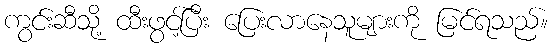
ကွင်းဆီသို့ ထီးဖွင့်ပြီး ပြေးလာနေသူများကို မြင်ရသည်။